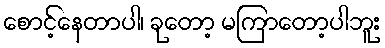
စောင့်နေတာပါ၊ ခုတော့ မကြာတော့ပါဘူး